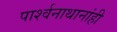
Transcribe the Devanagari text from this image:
पार्श्वनाथानांही